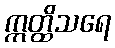
ဣတ္ထိသရေ